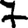
Digit: 7